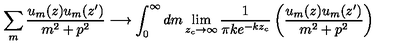
\sum _ { m } \frac { u _ { m } ( z ) u _ { m } ( z ^ { \prime } ) } { m ^ { 2 } + p ^ { 2 } } \longrightarrow \int _ { 0 } ^ { \infty } d m \lim _ { z _ { c } \to \infty } \frac { 1 } { \pi k e ^ { - k z _ { c } } } \left( \frac { u _ { m } ( z ) u _ { m } ( z ^ { \prime } ) } { m ^ { 2 } + p ^ { 2 } } \right)